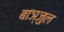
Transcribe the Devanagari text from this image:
बाञ्जुल